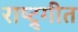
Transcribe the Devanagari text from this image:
राष्ट्र्गीत